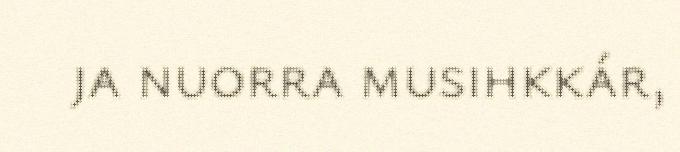
ja nuorra musihkkár,